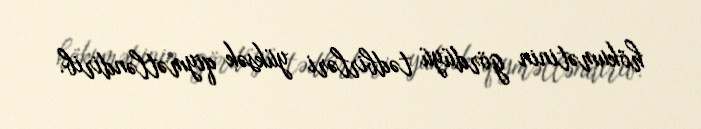
hökumətinin gördüyü tədbirləri yüksək qiymətləndirib.